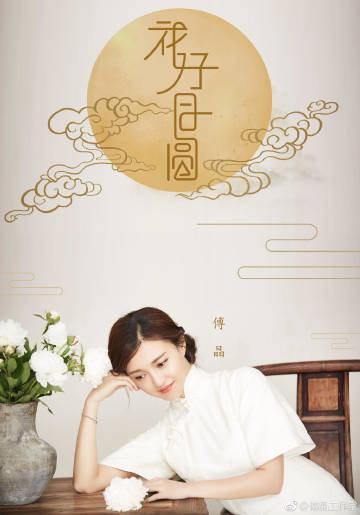
水晶帘不下，云母屏开，冷浸佳人淡脂粉。